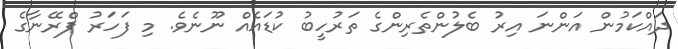
ދައްކަމުން އަންނަ އިރު ބެލުންތެރިންގެ ތަރުހީބު ކުޑައެއް ނޫނެވެ. މި ފަހަރު ޕްރޭނާގެ